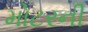
મોટરની